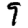
Digit: 9